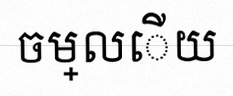
ចម្លើយ